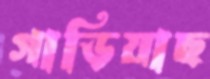
গাড়িয়াছ